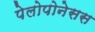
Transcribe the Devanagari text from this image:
पेलोपोनेसस